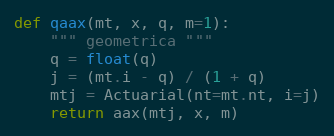
Language: Python
def qaax(mt, x, q, m=1):
    """ geometrica """
    q = float(q)
    j = (mt.i - q) / (1 + q)
    mtj = Actuarial(nt=mt.nt, i=j)
    return aax(mtj, x, m)